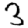
Digit: 3